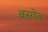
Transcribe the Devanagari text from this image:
ब्रसोव